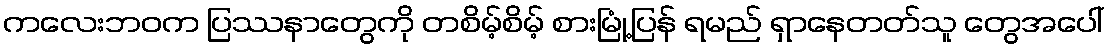
ကလေးဘဝက ပြဿနာတွေကို တစိမ့်စိမ့် စားမြုံ့ပြန် ရမည် ရှာနေတတ်သူ တွေအပေါ်